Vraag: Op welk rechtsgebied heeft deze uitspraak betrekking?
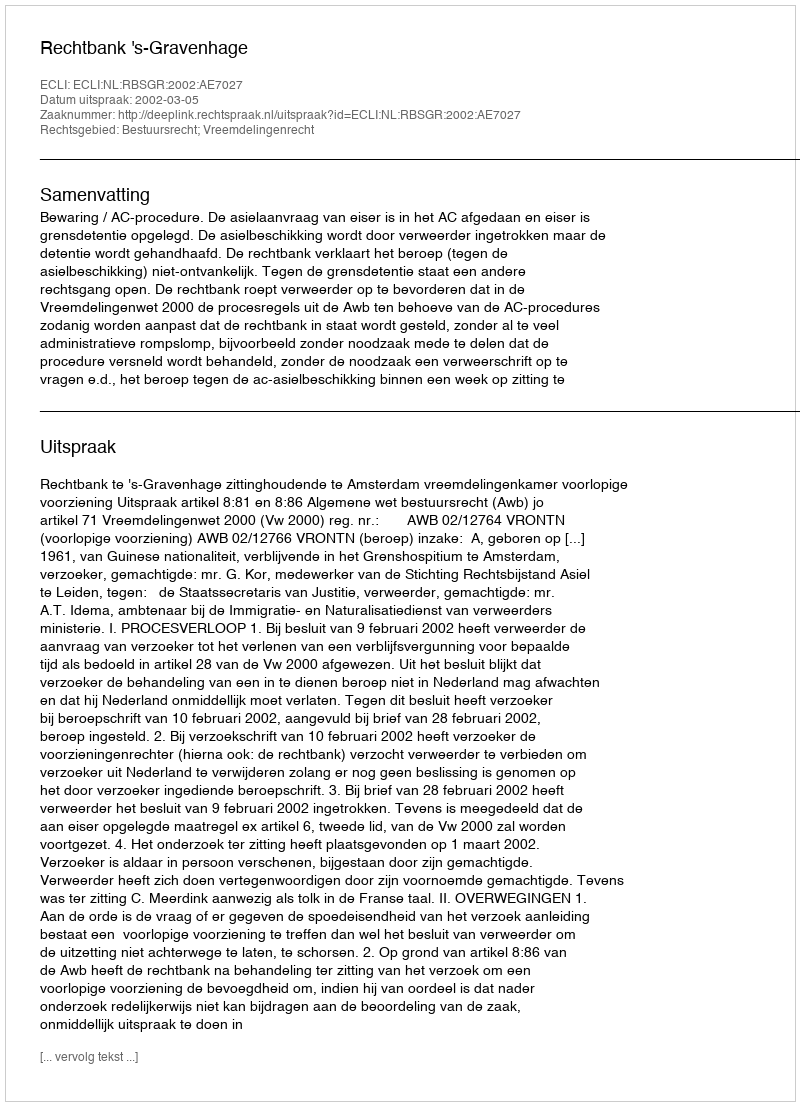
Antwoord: Bestuursrecht; Vreemdelingenrecht